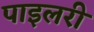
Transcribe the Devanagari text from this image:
पाइलरी